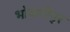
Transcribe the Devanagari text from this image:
भोवानीपुर